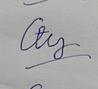
Signature authenticity: forged